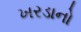
ખરડાનો